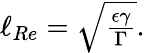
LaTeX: \begin{array}{r}{\ell_{Re}=\sqrt{\frac{\epsilon\gamma}{\Gamma}}.}\end{array}